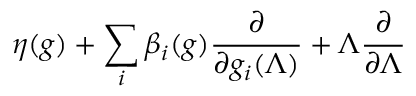
\eta ( g ) + \sum _ { i } \beta _ { i } ( g ) \frac { \partial } { \partial g _ { i } ( \Lambda ) } + \Lambda \frac { \partial } { \partial \Lambda }